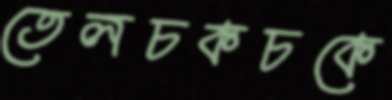
তেলচকচকে